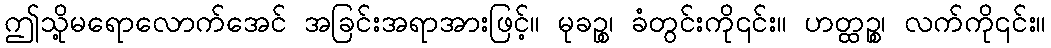
ဤသို့မရောလောက်အေင် အခြင်းအရာအားဖြင့်။ မုခဉ္စ၊ ခံတွင်းကို၎င်း။ ဟတ္ထဉ္စ၊ လက်ကို၎င်း။